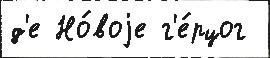
д'е Но́воjе г'е́рцог